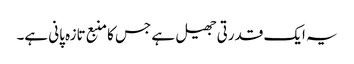
یہ ایک قدرتی جھیل ہے جس کا منبع تازہ پانی ہے۔